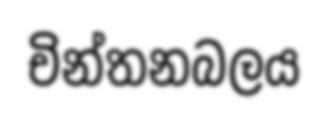
චින්තනබලය